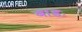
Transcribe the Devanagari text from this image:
बाडः